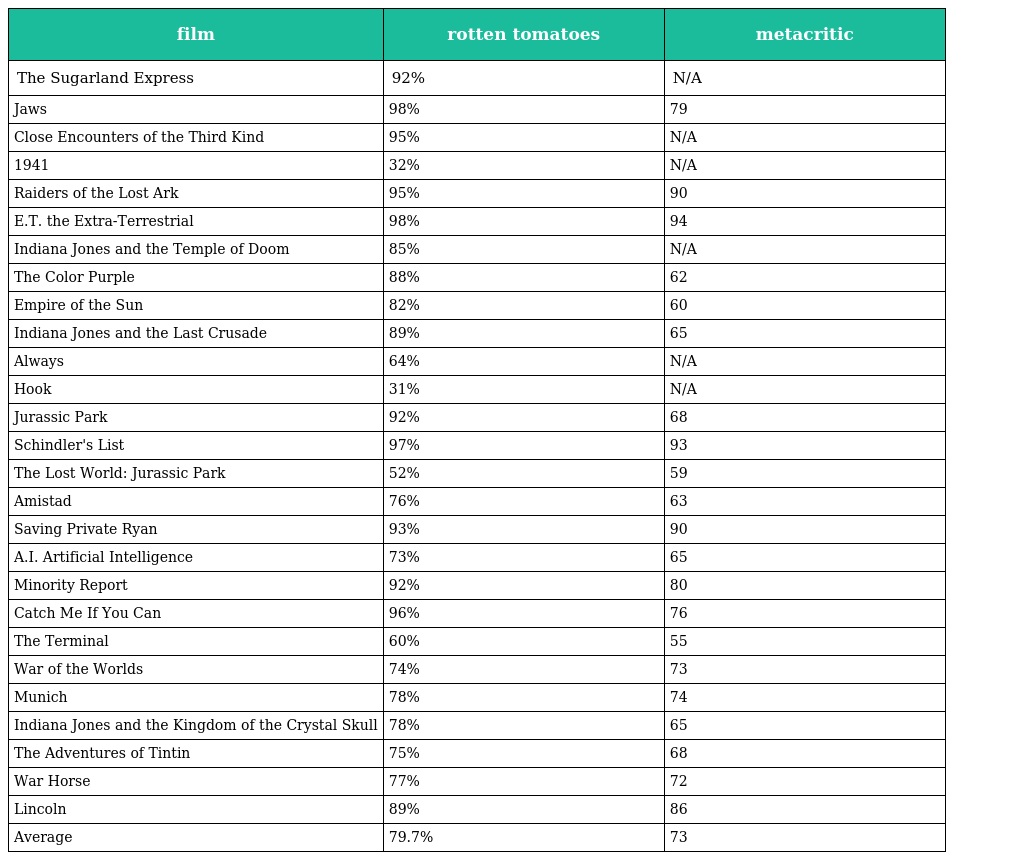
| film | rotten tomatoes | metacritic |
 | --- | --- | --- |
 | The Sugarland Express | 92% | N/A |
 | Jaws | 98% | 79 |
 | Close Encounters of the Third Kind | 95% | N/A |
 | 1941 | 32% | N/A |
 | Raiders of the Lost Ark | 95% | 90 |
 | E.T. the Extra-Terrestrial | 98% | 94 |
 | Indiana Jones and the Temple of Doom | 85% | N/A |
 | The Color Purple | 88% | 62 |
 | Empire of the Sun | 82% | 60 |
 | Indiana Jones and the Last Crusade | 89% | 65 |
 | Always | 64% | N/A |
 | Hook | 31% | N/A |
 | Jurassic Park | 92% | 68 |
 | Schindler's List | 97% | 93 |
 | The Lost World: Jurassic Park | 52% | 59 |
 | Amistad | 76% | 63 |
 | Saving Private Ryan | 93% | 90 |
 | A.I. Artificial Intelligence | 73% | 65 |
 | Minority Report | 92% | 80 |
 | Catch Me If You Can | 96% | 76 |
 | The Terminal | 60% | 55 |
 | War of the Worlds | 74% | 73 |
 | Munich | 78% | 74 |
 | Indiana Jones and the Kingdom of the Crystal Skull | 78% | 65 |
 | The Adventures of Tintin | 75% | 68 |
 | War Horse | 77% | 72 |
 | Lincoln | 89% | 86 |
 | Average | 79.7% | 73 |